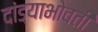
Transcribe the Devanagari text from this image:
दांड्याभोवती